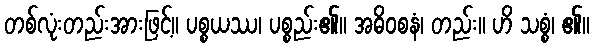
တစ်လုံးတည်းအားဖြင့်။ ပစ္စယဿ၊ ပစ္စည်း၏။ အဓိဝစနံ၊ တည်း။ ဟိ သစ္စံ၊ ၏။